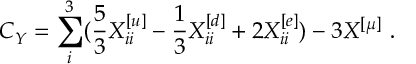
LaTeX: C _ { Y } ^ { } = \sum _ { i } ^ { 3 } ( { \frac { 5 } { 3 } } X _ { i i } ^ { [ u ] } - { \frac { 1 } { 3 } } X _ { i i } ^ { [ d ] } + 2 X _ { i i } ^ { [ e ] } ) - 3 X _ { } ^ { [ \mu ] } \ .